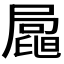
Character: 𡳟